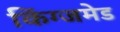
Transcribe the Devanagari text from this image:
किंग्जमेड